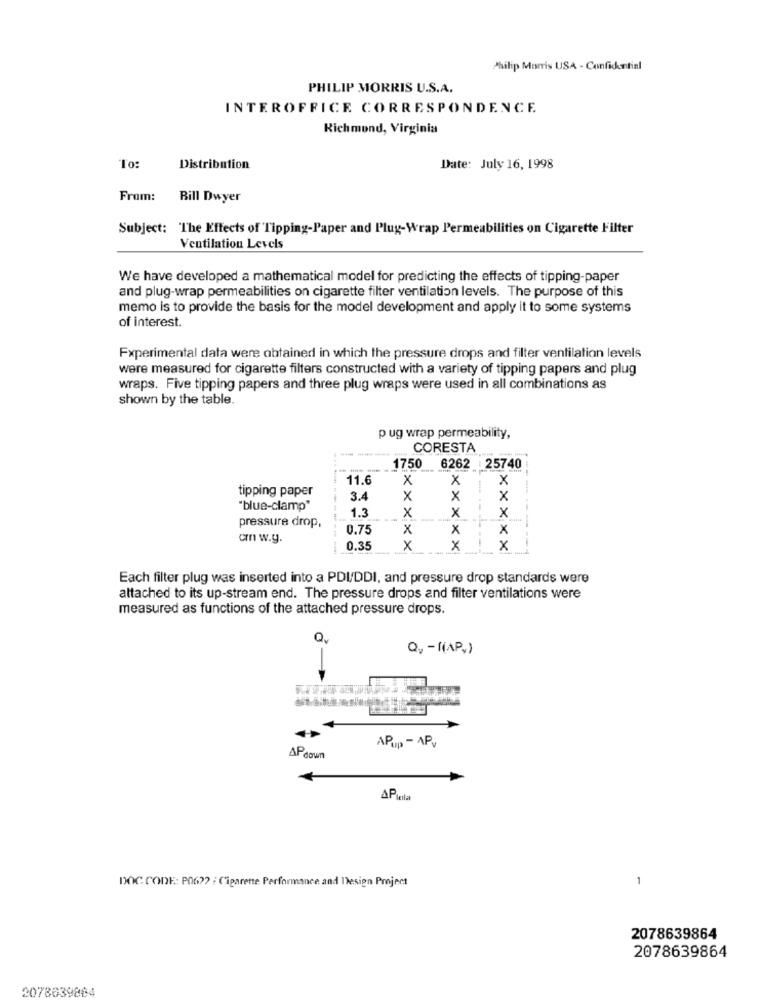
Philip Morris USA - Confidential
PHILIP MORRIS U.S.A.
INTEROFFICE CORRESPONDENCE
Richmond, Virginia
To:
Distribution
Date: July 16, 1998
From:
Bill Dwyer
Subject: "The Effects of Tippi
per and Plug-Wrap Permeabilities on Cigarette Filter
Ventilation Levels
We have developed a mathematical model for predicting the effects of tipping-paper
and plug-wrap permeabilities on cigarette filter ventilation levels. The purpose of this
memo is to provide the basis for the model development and apply it to some systems
of interest.
Experimental data were obtained in which the pressure drops and filter ventilation levels
were measured for cigarette filters constructed with a variety of tipping papers and plug
wraps. Five tipping papers and three plug wraps were used in all combinations as
shown by the table.
pug wrap permeability,
CORESTA
1750 6262 : 25740
11.6
x
X
x
tipping paper
3.4
X
x
x
"blue-clamp"
1.3
x
pressure drop,
X
x
-
0.75
x
x
x
cmn w.y.
0.35
x
---
x
x
Each filter plug was inserted into a PDI/DDI, and pressure drop standards were
attached to its up-stream end. The pressure drops and filter ventilations were
measured as functions of the attached pressure drops.
Q4 -f(AP,)
APup - APv
APdown
APiela
DOC CODE: P06 ?? : Cigarette Performance and Design Project
1
2078639864
2078639864
2078639884